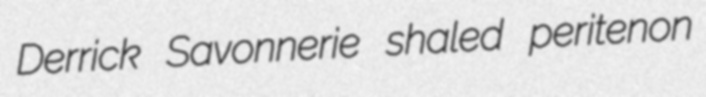
Derrick Savonnerie shaled peritenon